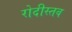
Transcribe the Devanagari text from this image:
रोदीस्तव